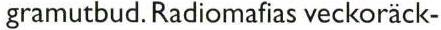
gramutbud. Radiomafias veckoräck-